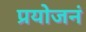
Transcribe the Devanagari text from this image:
प्रयोजनं